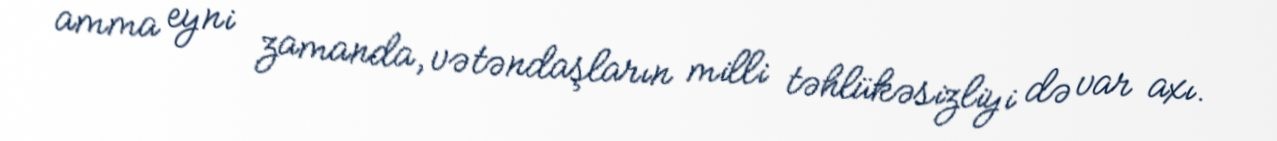
amma eyni zamanda, vətəndaşların milli təhlükəsizliyi də var axı.